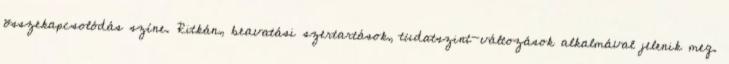
összekapcsolódás színe. Ritkán, beavatási szertartások, tudatszint-változások alkalmával jelenik meg.